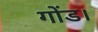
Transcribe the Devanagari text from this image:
गोंड।